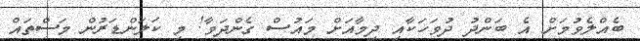
ބެއްލެވުމަށް އެ ބަންދު ދުވަހަކާއި ދިމާއަށް މައުސް ގެންދަވާ! މި ކަލަންޑަރުން މަސްތައް